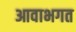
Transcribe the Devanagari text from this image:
आवाभगत